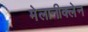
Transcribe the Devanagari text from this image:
मेलानीक्लेन